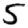
Digit: 5